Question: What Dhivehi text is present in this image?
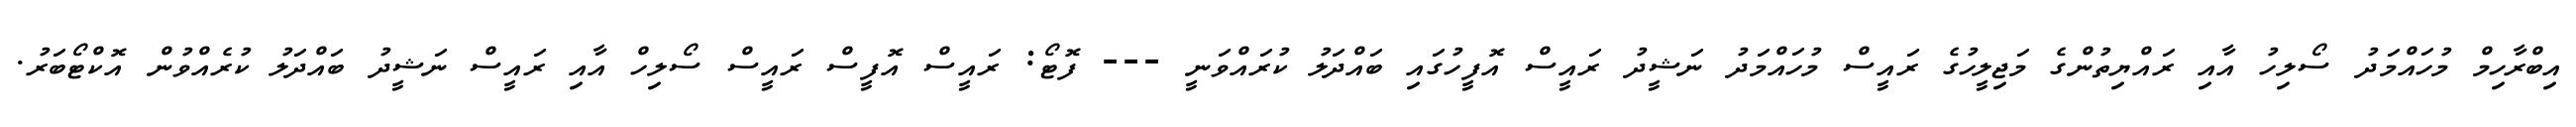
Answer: އިބްރާހިމް މުހައްމަދު ސޯލިހު އާއި ރައްޔިތުންގެ މަޖިލީހުގެ ރައީސް މުހައްމަދު ނަޝީދު ރައީސް އޮފީހުގައި ބައްދަލު ކުރައްވަނީ --- ފޮޓޯ: ރައީސް އޮފީސް ރައީސް ސޯލިހް އާއި ރައީސް ނަޝީދު ބައްދަލު ކުރެއްވުން އޮކްޓޯބަރު.